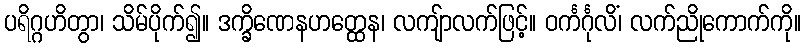
ပရိဂ္ဂဟိတွာ၊ သိမ်ပိုက်၍။ ဒက္ခိဏေနဟတ္ထေန၊ လကျ်ာလက်ဖြင့်။ ဝင်္ကင်္ဂုလိံ၊ လက်ညိုကောက်ကို။